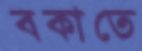
বকাতে